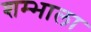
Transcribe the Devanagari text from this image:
शम्भाला